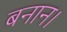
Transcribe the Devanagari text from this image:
बनान।